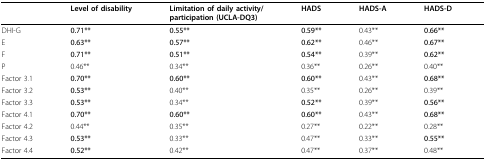
|  | Level of disability | Limitation of daily activity/participation(UCLA-DQ3) | HADS | HADS-A | HADS-D |
 | --- | --- | --- | --- | --- | --- |
 | DHI-G | 0.71** | 0.55** | 0.59** | 0.43** | 0.66** |
 | E | 0.63** | 0.57** | 0.62** | 0.46** | 0.67** |
 | F | 0.71** | 0.51** | 0.54** | 0.39** | 0.62** |
 | P | 0.46** | 0.34** | 0.36** | 0.26** | 0.40** |
 | Factor3.1 | 0.70** | 0.60** | 0.60** | 0.43** | 0.68** |
 | Factor3.2 | 0.53** | 0.40** | 0.35** | 0.26** | 0.39** |
 | Factor3.3 | 0.53** | 0.34** | 0.52** | 0.39** | 0.56** |
 | Factor4.1 | 0.70** | 0.60** | 0.60** | 0.43** | 0.68** |
 | Factor4.2 | 0.44** | 0.35** | 0.27** | 0.22** | 0.28** |
 | Factor4.3 | 0.53** | 0.33** | 0.47** | 0.33** | 0.55** |
 | Factor4.4 | 0.52** | 0.42** | 0.47** | 0.37** | 0.48** |